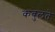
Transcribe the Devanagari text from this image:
कबुलते